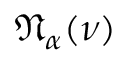
{ \mathfrak { N } } _ { \alpha } ( \nu )